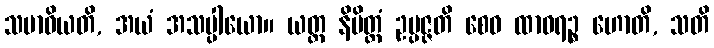
သမာဓိယတိ, အယံ အသပ္ပါယော။ ယတ္ထ နိမိတ္တံ ဥပ္ပဇ္ဇတိ စေဝ ထာဝရဉ္စ ဟောတိ, သတိ